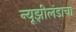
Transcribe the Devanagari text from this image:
न्यूझीलंडाचा